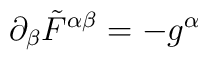
\partial_{\beta} \tilde{F}^{\alpha \beta} = - g^{\alpha}